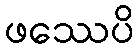
ဖဿေပိ